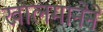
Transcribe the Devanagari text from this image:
खालमानेने